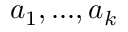
a _ { 1 } , . . . , a _ { k }